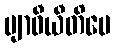
ဗျာဓီယီတိပေ